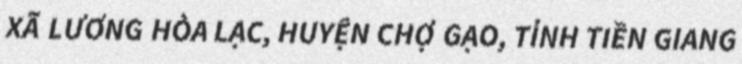
XÃ LƯƠNG HÒA LẠC, HUYỆN CHỢ GẠO, TỈNH TIỀN GIANG